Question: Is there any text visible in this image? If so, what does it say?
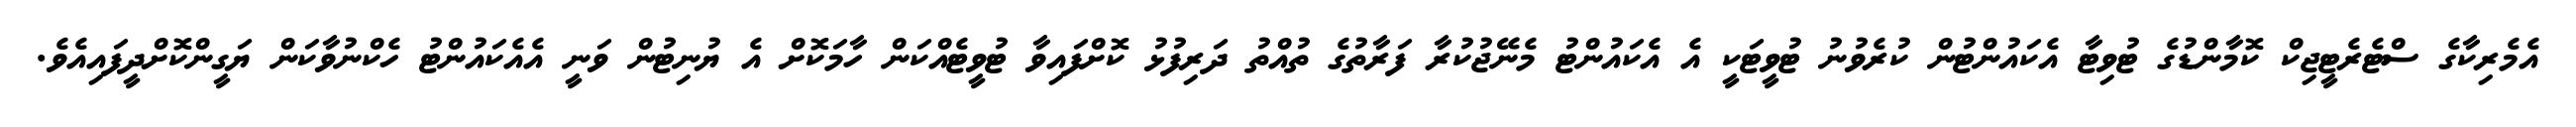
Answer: އެމެރިކާގެ ސްޓެރެޓީޖިކް ކޮމާންޑުގެ ޓުވިޓާ އެކައުންޓުން ކުރެވުނު ޓުވީޓަކީ އެ އެކައުންޓު މެނޭޖުކުރާ ފަރާތުގެ ތުއްތު ދަރިފުޅު ކޮށްފައިވާ ޓުވީޓެއްކަން ހާމަކޮށް އެ ޔުނިޓުން ވަނީ އެއެކައުންޓު ހެކްނުވާކަން ޔަގީންކޮށްދީފައިއެވެ.